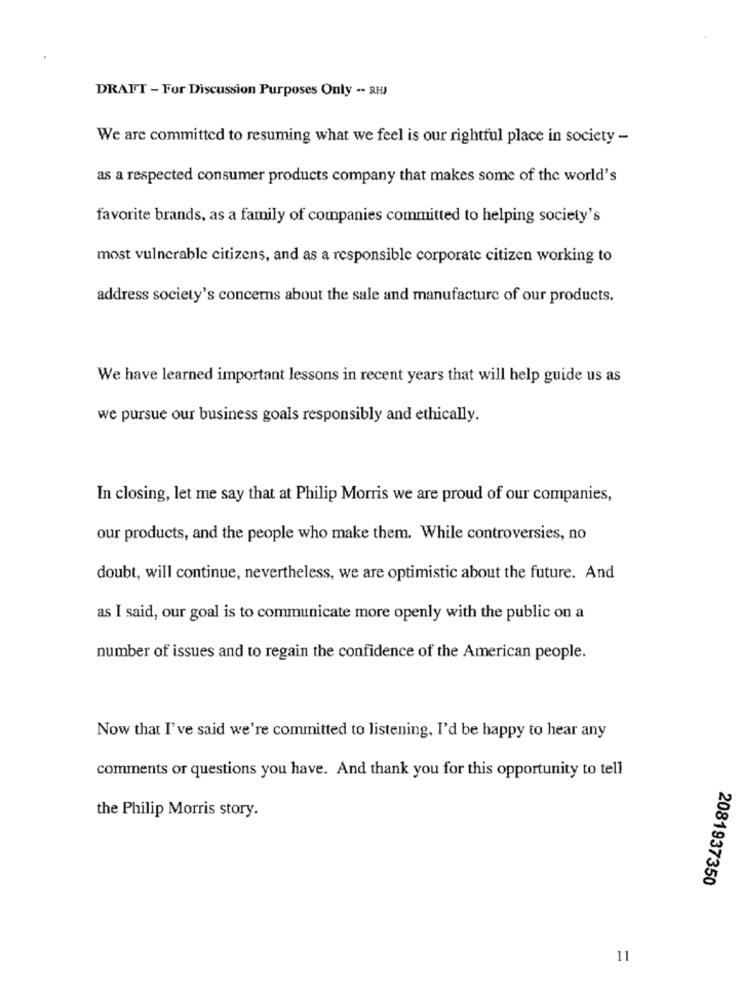
DRAFT - For Discussion Purposes Only -- RHJ
We are committed to resuming what we feel is our rightful place in society -
as a respected consumer products company that makes some of the world's
favorite brands, as a family of companies committed to helping society's
most vulnerable citizens, and as a responsible corporate citizen working to
address society's concerns about the sale and manufacture of our products.
We have learned important lessons in recent years that will help guide us as
we pursue our business goals responsibly and ethically.
In closing, let me say that at Philip Morris we are proud of our companies,
our products, and the people who make them. While controversies, no
doubt, will continue, nevertheless, we are optimistic about the future. And
as I said, our goal is to communicate more openly with the public on a
number of issues and to regain the confidence of the American people.
Now that I've said we're committed to listening. I'd be happy to hear any
comments or questions you have. And thank you for this opportunity to tell
the Philip Morris story.
2081937350
11